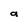
Character: a